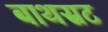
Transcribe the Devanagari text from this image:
बाथस्रट